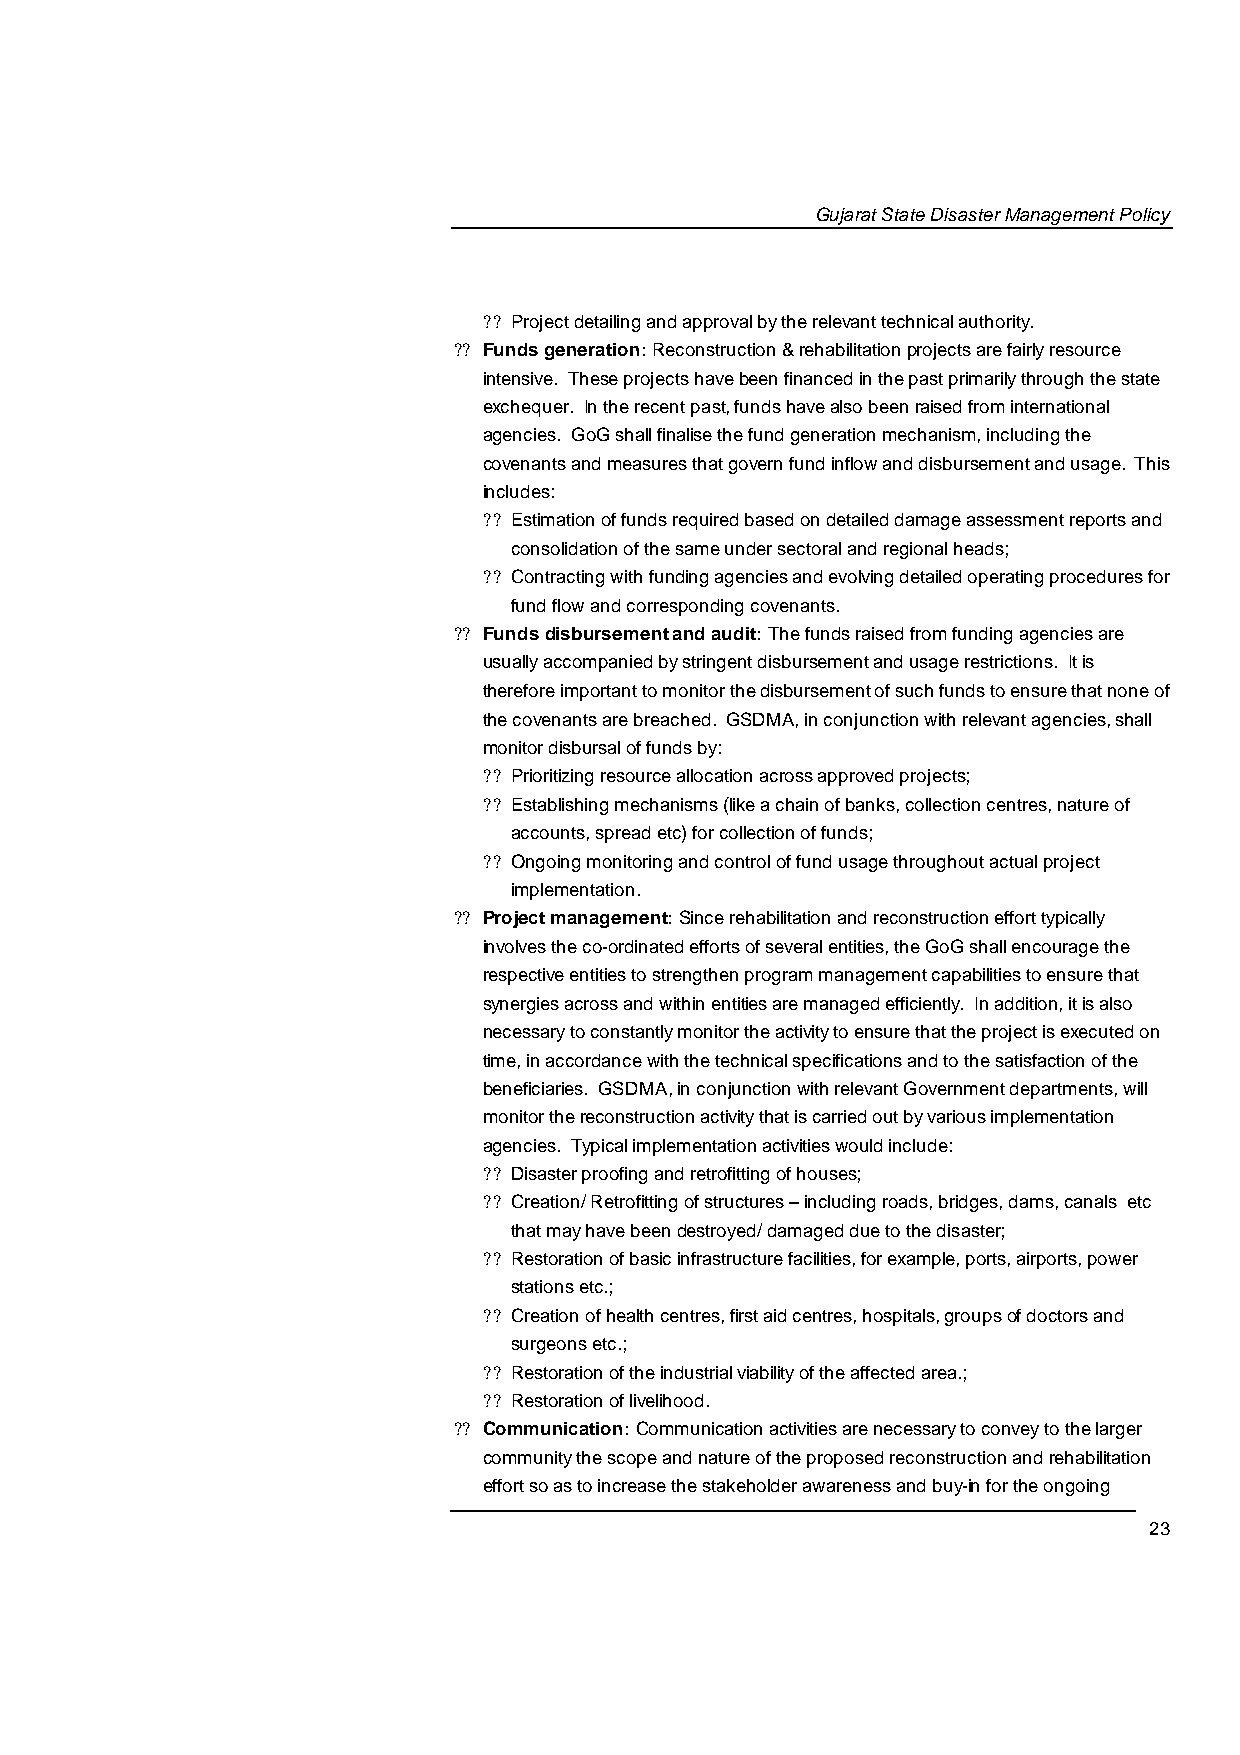
Gujarat State Disaster Management Policy
 ?? Project detailing and approval by the relevant technical authorit.y
 ?? Funds generation: Reconstruction & rehabilitation projects are fairly resource
 intensive. These projects have been financed in the past primarily through the state
 exchequer. In the recent past, funds have also been raised from international
 agencies. GoG shall finalise the fund generation mechanism, including the
 covenants and measures that govern fund inflow and disbursement and usage. This
 includes:
 ?? Estimation of funds required based on detailed damage assessment reports and
 consolidation of the same under sectoral and regional heads;
 ?? Contracting with funding agencies and evolving detailed operating procedures for
 fund flow and corresponding covenants.
 ?? Funds disbursement and audit: The funds raised from funding agencies are
 usually accompanied by stringent disbursement and usage restrictions. It is
 therefore important to monitor the disbursement of such funds to ensure that none of
 the covenants are breached. GSDMA, in conjunction with relevant agencies, shall
 monitor disbursal of funds by:
 ?? Prioritizing resource allocation across approved projects;
 ?? Establishing mechanisms (like a chain of banks, collection centres, nature of
 accounts, spread etc) for collection of funds;
 ?? Ongoing monitoring and control of fund usage throughout actual project
 implementation.
 ?? Project management: Since rehabilitation and reconstruction effort typically
 involves the co-ordinated efforts of several entities, the GoG shall encourage the
 respective entities to strengthen program management capabilities to ensure that
 synergies across and within enttiies are managed efficiently. In addition, it is also
 necessary to constantly monitor the activity to ensure that the project is executed on
 time, in accordance with the technical specifications and to the satisfaction of the
 beneficiaries. GSDMA, in conjunction with relevant Government departments, will
 monitor the reconstruction activity that is carried out by various implementation
 agencies. Typical implementation activities would include :
 ?? Disaster proofing and retrofitting of houses;
 ?? Creation/ Retrofitting of structures – including roads, bridges, dams, canals etc
 that may have been destroyed/ damaged due to the disaster;
 ?? Restoration of basic infrastructure facilities, for example, ports, airports, power
 stations etc.;
 ?? Creation of health centres, first aid centres, hospitals,g roups of doctors and
 surgeons etc.;
 ?? Restoration of the industrial viability of the affected are.a;
 ?? Restoration of livelihood.
 ?? Communication: Communication activities are necessary to convey to the larger
 community the scope and nature of the proposed reconstruction and rehabilitation
 effort so as to increase the stakeholder awareness and buy-in for the ongoing
 23